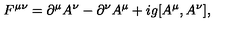
F ^ { \mu \nu } = \partial ^ { \mu } A ^ { \nu } - \partial ^ { \nu } A ^ { \mu } + i g [ A ^ { \mu } , A ^ { \nu } ] ,